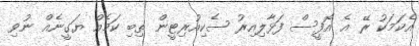
އެކަމަކު ރޭ އެ އޮފީސް ފަޅާލިއިރު ސެކިއުރިޓީން ތިބި ކަމެއް ޔަގީނެއް ނުވި